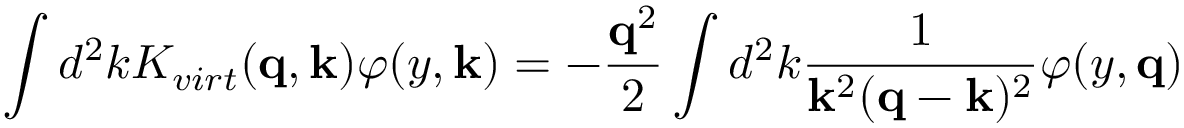
\int d ^ { 2 } k K _ { v i r t } ( { \bf q } , { \bf k } ) \varphi ( y , { \bf k } ) = - { \frac { { \bf q } ^ { 2 } } { 2 } } \int d ^ { 2 } k { \frac { 1 } { { \bf k } ^ { 2 } ( { \bf q } - { \bf k } ) ^ { 2 } } } \varphi ( y , { \bf q } )